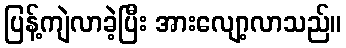
ပြန့်ကျဲလာခဲ့ပြီး အားလျော့လာသည်။